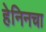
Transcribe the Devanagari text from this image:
हेनिनचा